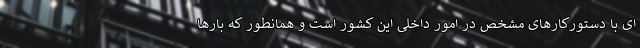
ای با دستورکارهای مشخص در امور داخلی این کشور است و همانطور که بارها